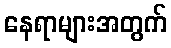
နေရာများအတွက်